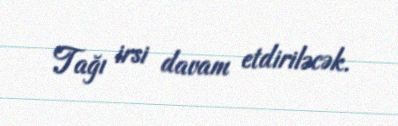
Tağı irsi davam etdiriləcək.